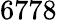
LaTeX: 6778